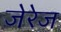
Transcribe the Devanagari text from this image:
जेरेज